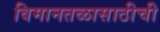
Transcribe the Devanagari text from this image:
विमानतळासाठीची